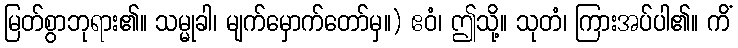
မြတ်စွာဘုရား၏။ သမ္မုခါ၊ မျက်မှောက်တော်မှ။) ဧဝံ၊ ဤသို့။ သုတံ၊ ကြားအပ်ပါ၏။ ကိံ